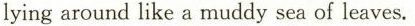
lyingaround like a muddy sea of leaves.